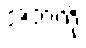
အဘကို